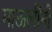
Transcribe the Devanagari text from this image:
माऊलींनी